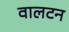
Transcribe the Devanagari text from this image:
वालटन